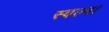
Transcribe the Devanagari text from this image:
स्वल्प।